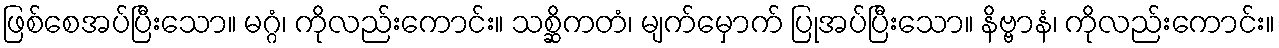
ဖြစ်စေအပ်ပြီးသော။ မဂ္ဂံ၊ ကိုလည်းကောင်း။ သစ္ဆိကတံ၊ မျက်မှောက် ပြုအပ်ပြီးသော။ နိဗ္ဗာနံ၊ ကိုလည်းကောင်း။